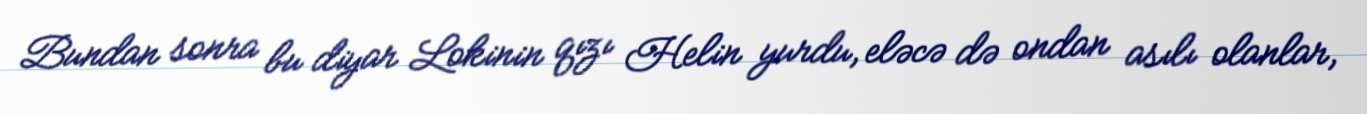
Bundan sonra bu diyar Lokinin qızı Helin yurdu, eləcə də ondan asılı olanlar,